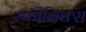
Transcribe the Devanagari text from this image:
स्फीनिक्स